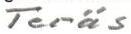
Teräs